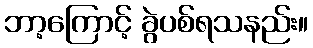
ဘာ့ကြောင့် ခွဲပစ်ရသနည်း။